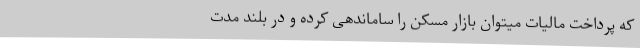
که پرداخت مالیات میتوان بازار مسکن را ساماندهی کرده و در بلند مدت